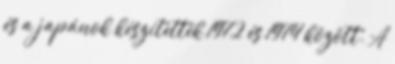
és a japánok készítették 1972 és 1974 között. A